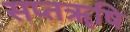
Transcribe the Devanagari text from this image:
सप्तॠषि